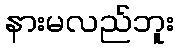
နားမလည်ဘူး